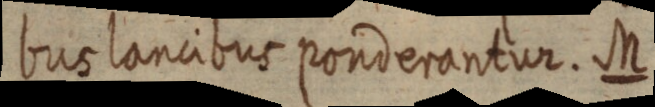
bus lancibus ponderantur. M